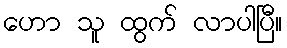
ဟော သူ ထွက် လာပါပြီ။